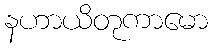
နဟာယိတုကာမော